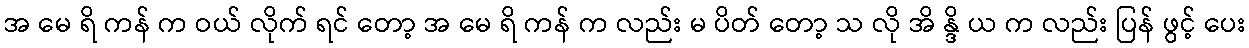
အ မေ ရိ ကန် က ဝယ် လိုက် ရင် တော့ အ မေ ရိ ကန် က လည်း မ ပိတ် တော့ သ လို အိ န္ဒိ ယ က လည်း ပြန် ဖွင့် ပေး